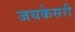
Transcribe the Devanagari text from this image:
जयकेसरी